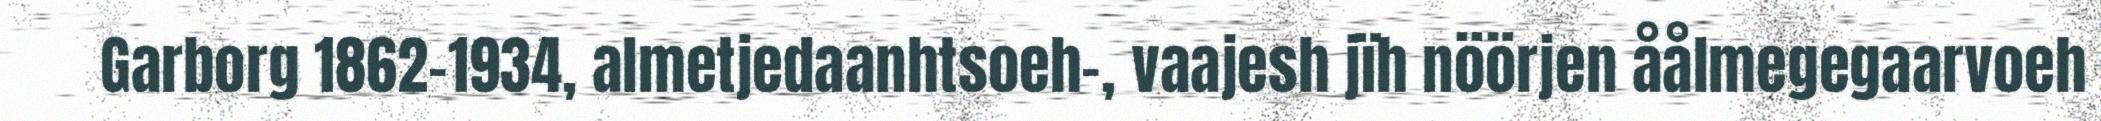
Garborg 1862-1934, almetjedaanhtsoeh-, vaajesh jïh nöörjen åålmegegaarvoeh